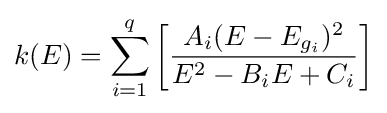
k(E)=\sum _{i=1}^{q}\left[{\frac {A_{i}(E-E_{g_{i}})^{2}}{E^{2}-B_{i}E+C_{i}}}\right]